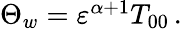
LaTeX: \begin{array}{r}{\Theta_{w}={\varepsilon}^{\alpha+1}T_{00}\, .}\end{array}